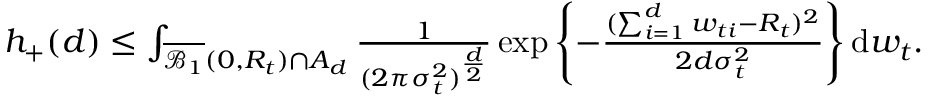
\begin{array} { r } { h _ { + } ( d ) \leq \int _ { \overline { { \mathcal { B } _ { 1 } } } ( 0 , R _ { t } ) \cap A _ { d } } \frac { 1 } { ( 2 \pi \sigma _ { t } ^ { 2 } ) ^ { \frac { d } { 2 } } } \exp \left\lbrace - \frac { ( \sum _ { i = 1 } ^ { d } w _ { t i } - R _ { t } ) ^ { 2 } } { 2 d \sigma _ { t } ^ { 2 } } \right\rbrace \mathrm { d } w _ { t } . } \end{array}